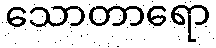
သောတာရော